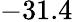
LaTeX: -31.4